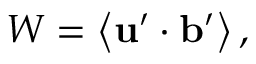
W = \left\langle { { \bf { u } } ^ { \prime } \cdot { \bf { b } } ^ { \prime } } \right\rangle ,